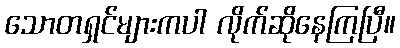
သောတရှင်များကပါ လိုက်ဆိုနေကြပြီ။